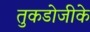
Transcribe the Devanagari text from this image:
तुकडोजीके